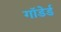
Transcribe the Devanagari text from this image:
गाॅडेर्ड